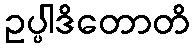
ဥပ္ပါဒိတောတိ